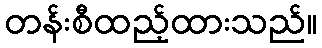
တန်းစီထည့်ထားသည်။